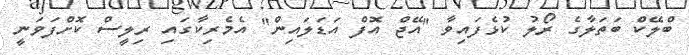
ބްލޭކް ބަތަލާގެ ރޯލު ކުޅެފައިވާ ''އޭޖް އޮފް އަޑަލައިން'' އެމެރިކާގައި ރިލީސް ކޮށްފަވަނީ